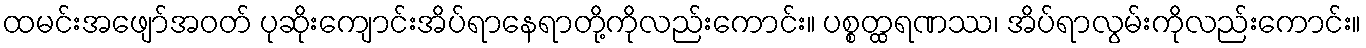
ထမင်းအဖျော်အဝတ် ပုဆိုးကျောင်းအိပ်ရာနေရာတို့ကိုလည်းကောင်း။ ပစ္စတ္ထရဏဿ၊ အိပ်ရာလွမ်းကိုလည်းကောင်း။